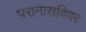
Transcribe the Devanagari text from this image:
परानासविवर